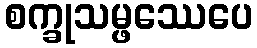
စက္ခုသမ္ဖဿေပေ